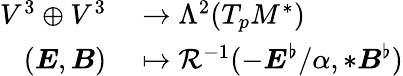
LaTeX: \begin{array}{rl}{V^{3}\oplus V^{3}}&{{}\to\Lambda^{2}(T_{p}M^{*})}\\ {(\boldsymbol{E},\boldsymbol{B})}&{{}\mapsto\mathcal{R}^{-1}(-\boldsymbol{E}^{\flat}/\alpha,*\boldsymbol{B}^{\flat})}\end{array}